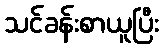
သင်ခန်းစာယူပြီး